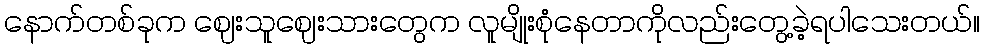
နောက်တစ်ခုက ဈေးသူဈေးသားတွေက လူမျိုးစုံနေတာကိုလည်းတွေ့ခဲ့ရပါသေးတယ်။